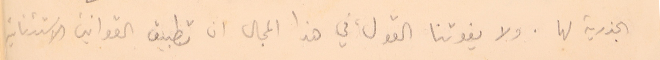
الجذرية لها. ولا يفوتنا القول، في هذا المجال ان تطبيق القوانين الاستثنائية